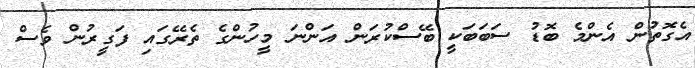
އެގޮތުން އެންމެ ބޮޑު ސަބަބަކީ ބޭސްކުރަން އަންނަ މީހުންގެ ތެރޭގައި ފަގީރުން ވެސް